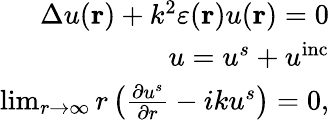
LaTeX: \begin{array}{r}{\Delta u(\mathbf{r})+k^{2}\varepsilon(\mathbf{r})u(\mathbf{r})=0}\\ {u=u^{s}+u^{\mathrm{inc}}}\\ {\operatorname*{lim}_{r\to\infty}r\left(\frac{\partial u^{s}}{\partial r}-iku^{s}\right)=0,}\end{array}